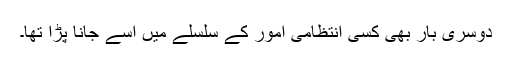
دوسری بار بھی کسی انتظامی امور کے سلسلے میں اسے جانا پڑا تھا۔